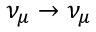
\nu _ { \mu } \to \nu _ { \mu }